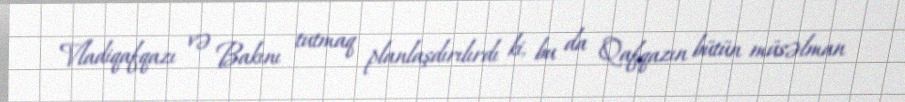
Vladiqafqazı və Bakını tutmaq planlaşdırılırdı ki, bu da Qafqazın bütün müsəlman